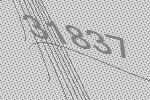
31837